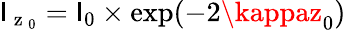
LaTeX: \mathsf{I}_{\mathrm{{~z~}}_{0}}=\mathsf{I}_{0}\times\exp(-2\kappaz_{0})